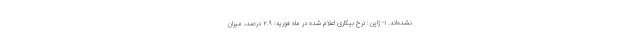
نشده‌اند. ۱- ژاپن: نرخ بیکاری اعلام شده در ماه فوریه: ۲.۹ درصد، میزان